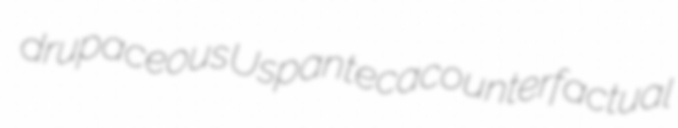
drupaceous Uspanteca counterfactual